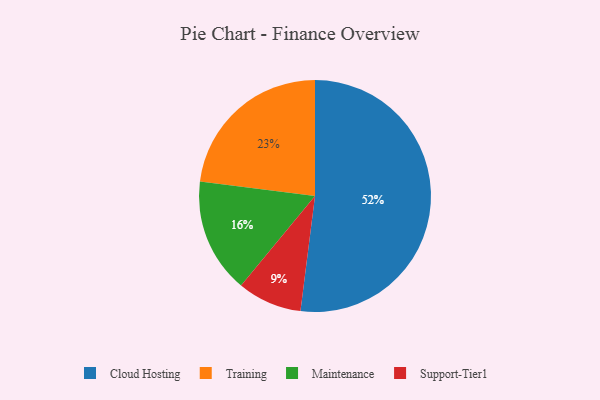
{"axis": {"x": "Category", "y": "Percentage"}, "legend": ["Cloud Hosting", "Maintenance", "Support-Tier1", "Training"], "data": [{"x": "Maintenance", "y": 16, "type": "Maintenance"}, {"x": "Training", "y": 23, "type": "Training"}, {"x": "Cloud Hosting", "y": 52, "type": "Cloud Hosting"}, {"x": "Support-Tier1", "y": 9, "type": "Support-Tier1"}]}